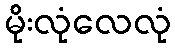
မိုးလုံလေလုံ